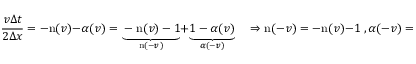
\frac { v \Delta t } { 2 \Delta x } = - \mathrm { n } ( v ) - \alpha ( v ) = \underset { \mathrm { n } ( - v ) } { \underbrace { - \mathrm { n } ( v ) - 1 } } + \underset { \alpha ( - v ) } { \underbrace { 1 - \alpha ( v ) } } \quad \Rightarrow \mathrm { n } ( - v ) = - \mathrm { n } ( v ) - 1 \; , \alpha ( - v ) = 1 - \alpha ( v ) \, .